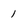
Character: 1